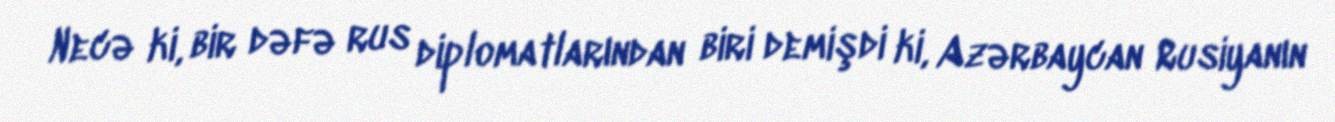
Necə ki, bir dəfə rus diplomatlarından biri demişdi ki, Azərbaycan Rusiyanın